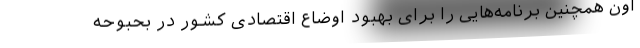
اون همچنین برنامه‌هایی را برای بهبود اوضاع اقتصادی کشور در بحبوحه